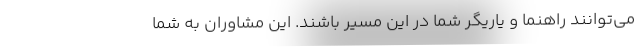
می‌توانند راهنما و یاریگر شما در این مسیر باشند. این مشاوران به شما